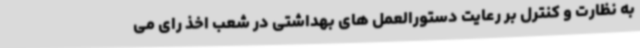
به نظارت و کنترل بر رعایت دستورالعمل های بهداشتی در شعب اخذ رای می